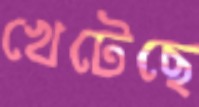
খেটেছে